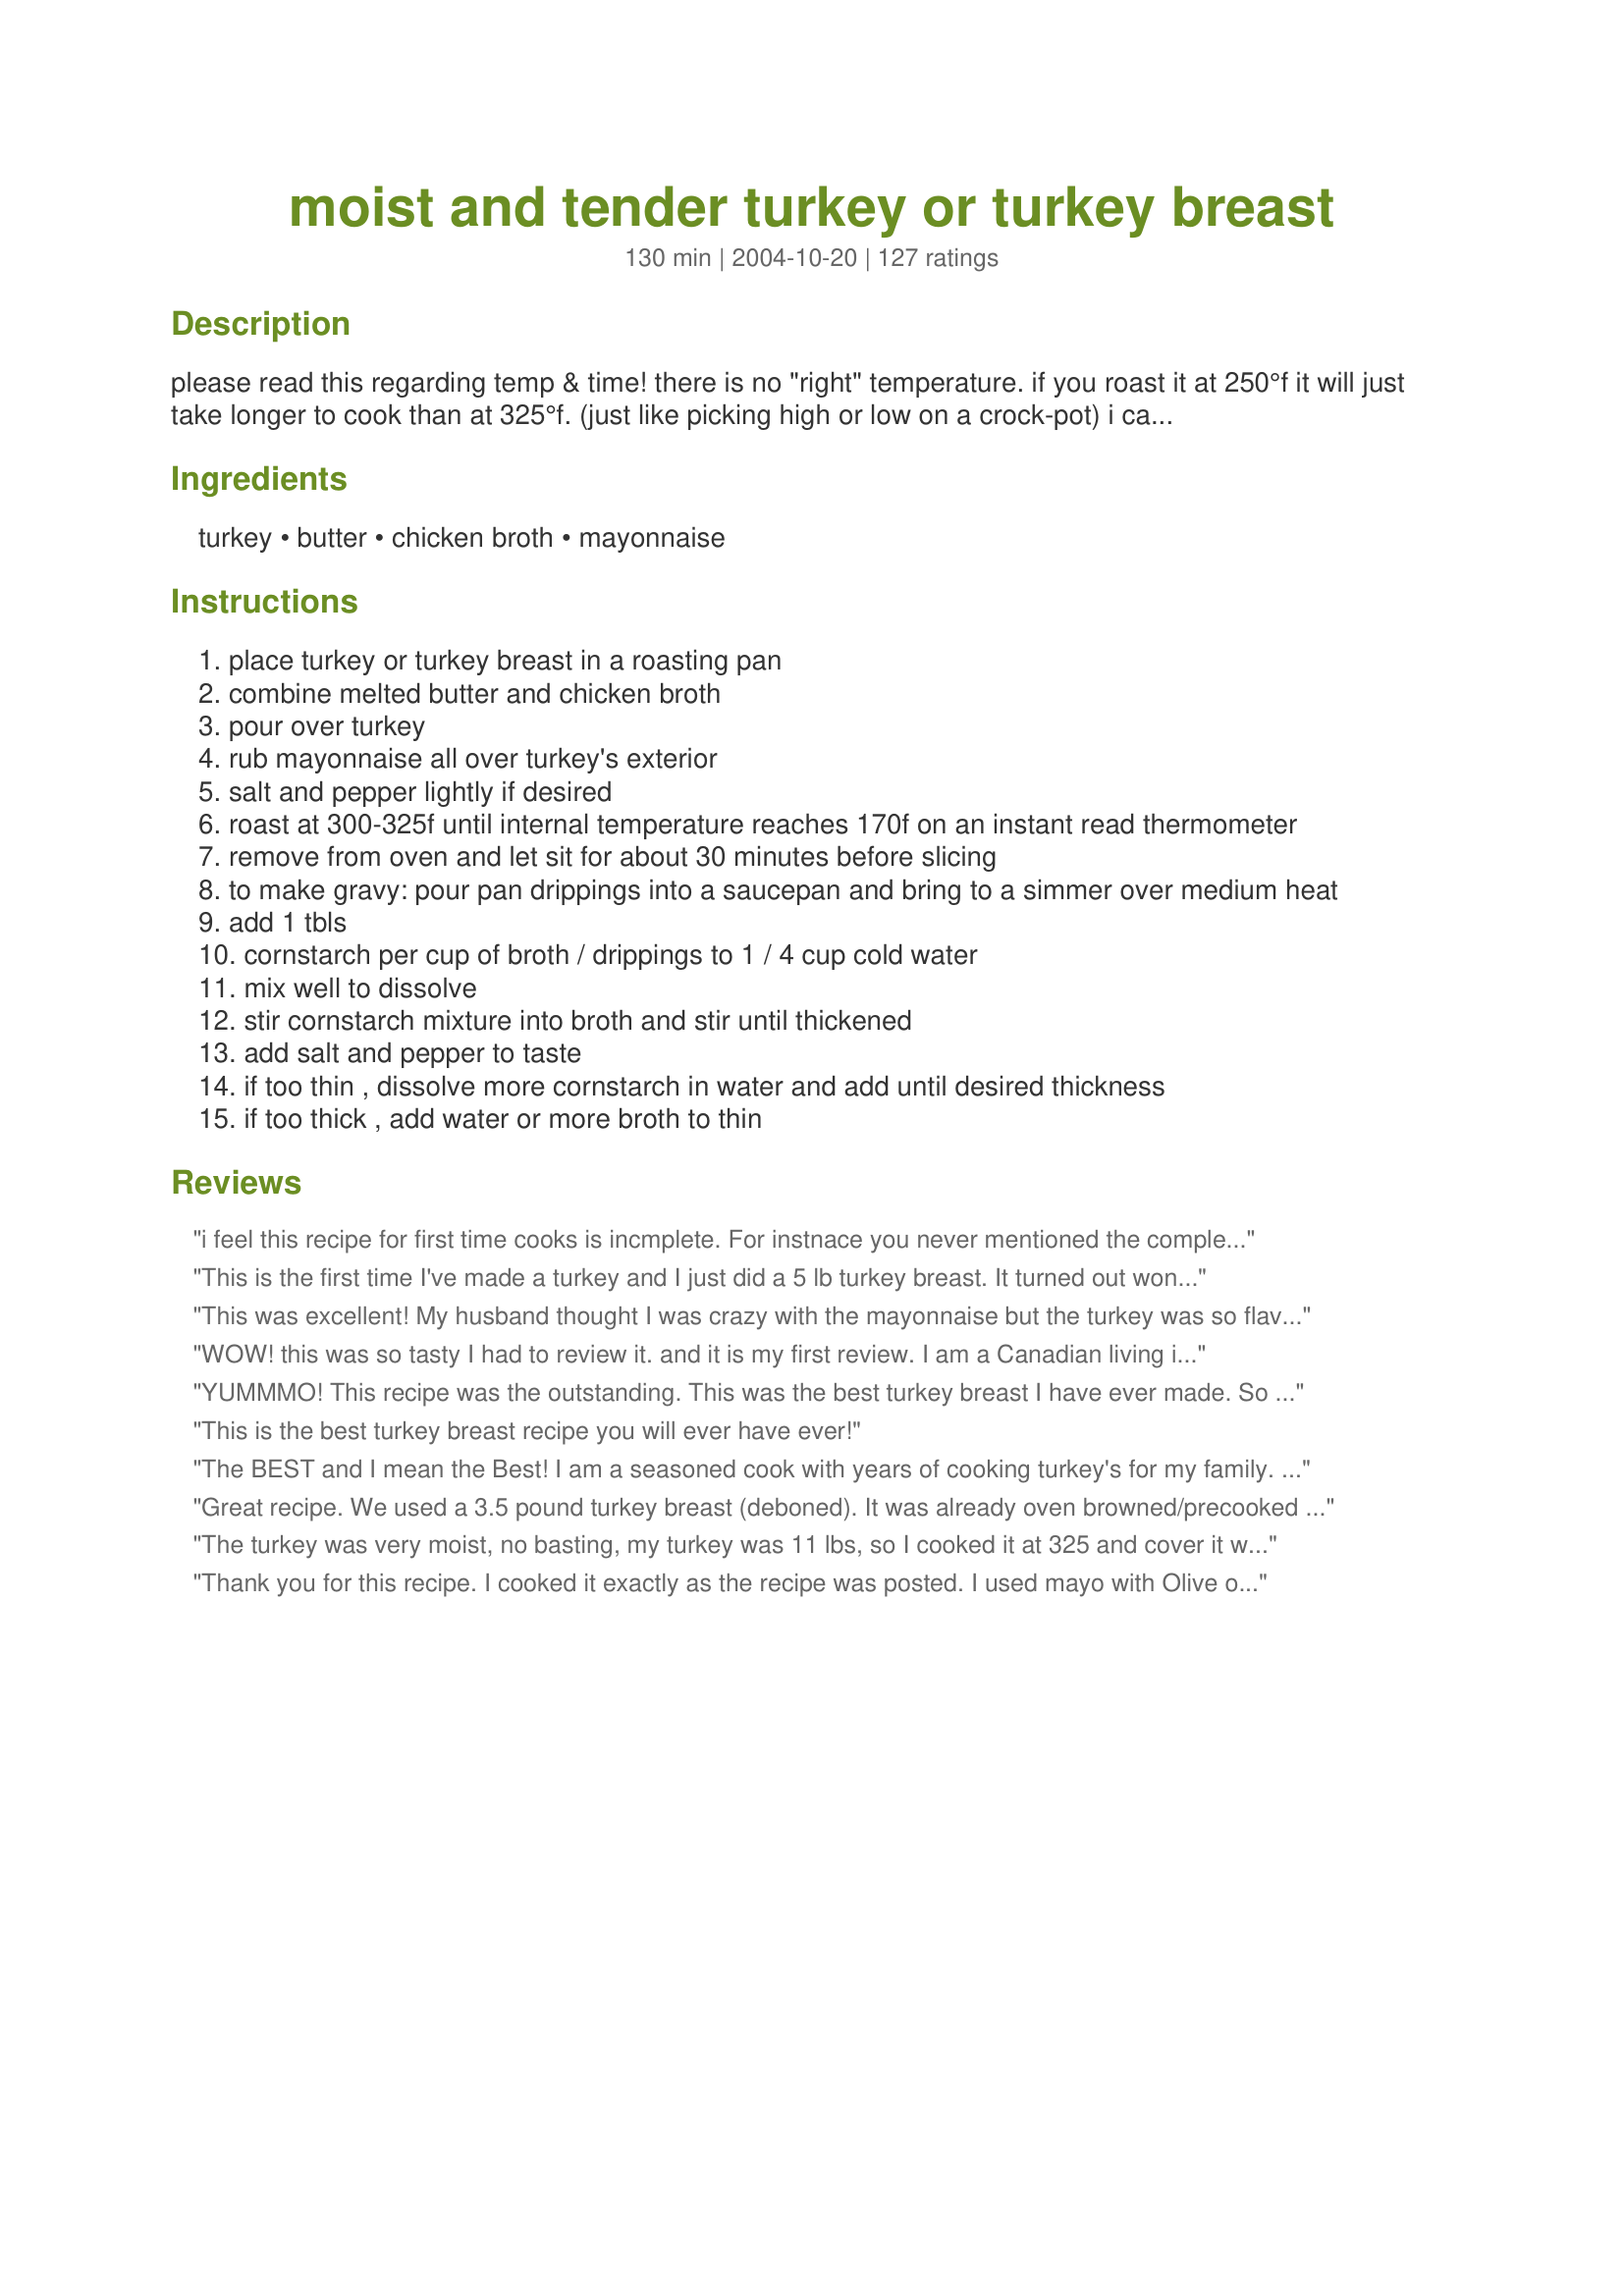
moist and tender turkey or turkey breast
Preparation time: 130 minutes

please read this regarding temp & time! there is no "right" temperature. if you roast it at 250°f it will just take longer to cook than at 325°f. (just like picking high or low on a crock-pot) i cannot tell you exactly how long it will take. it depends on what type of oven you have & how warm/cold your turkey is when you put it in the oven. you have to use an instant read thermometer to know when it is cooked. (i roast my 18-20 lbs. fresh turkey at 250°f. it took about 4 hours to reach the correct temperature in my old convection oven. it took 5 hours in my new one.)
because of the mayo, the skin is crisp and flavorful and the meat is tender, moist and delicious. if you don't use the butter & broth, you will not have enough pan drippings to make gravy. i've also added 1/2 cup of beer or wine to the mixture before & it was also spectacular. with slow roasting it, the meat stays so juicy i've actually had it squirt out when i insert the thermometer! i've never had a better turkey.

Ingredients:
turkey, butter, chicken broth, mayonnaise

Steps:
place turkey or turkey breast in a roasting pan
combine melted butter and chicken broth
pour over turkey
rub mayonnaise all over turkey's exterior
salt and pepper lightly if desired
roast at 300-325f until internal temperature reaches 170f on an instant read thermometer
remove from oven and let sit for about 30 minutes before slicing
to make gravy: pour pan drippings into a saucepan and bring to a simmer over medium heat
add 1 tbls
cornstarch per cup of broth / drippings to 1 / 4 cup cold water
mix well to dissolve
stir cornstarch mixture into broth and stir until thickened
add salt and pepper to taste
if too thin , dissolve more cornstarch in water and add until desired thickness
if too thick , add water or more broth to thin

Reviews:
i feel this recipe for first time cooks is incmplete. For instnace you never mentioned the complete instructions like &quot;covering with loose foil for &quot; or metnioned covering at all.
This is the first time I've made a turkey and I just did a 5 lb turkey breast. It turned out wonderful! I don't like mayo so I was a bit hesitant but you couldn't taste that at all. The meat was very moist and flavorful! I will use this recipe again for future turkeys!
This was excellent! My husband thought I was crazy with the mayonnaise but the turkey was so flavorful and moist. Very delicious. Thank you!
WOW! this was so tasty I had to review it. and it is my first review. I am a Canadian living in Denmark. Denmark is NOT a turkey country. I've tried goose, duck.... but nothing can fill that turkey void. I made this recipe for some fellow international students for a christmas dinner. My husband and I tried a taste just when it came out of the oven. it was soooo good we decided that this is our turkey recipe. I was not able to purchase a whole turkey so I used 3 skinless, boneless breasts. I added half a can of beer. Put a good spoonful of crushed garlic from a jar on the meat and topped it off with a thick layer of hellmann's. 2.5 hours at 160 degrees C. with the tin foil on top and then an additional 30 minutes to brown the mayo. The gravy was to die for. I made it a little thin so that there would be enough for everyone. My dish was the evenings HIT! and it is all thanks to you! I have my comfort food back. Thank you!
YUMMMO! This recipe was the outstanding. This was the best turkey breast I have ever made. So juicy and delish. The gravy was to die for. Will definitely make again. YAY!!
This is the best turkey breast recipe you will ever have ever!
The BEST and I mean the Best! I am a seasoned cook with years of cooking turkey's for my family. Never have I every tasted such a juicy turkey breast . My family loved it. I used a little more mayo than it called for and it was delicious!
Great recipe. We used a 3.5 pound turkey breast (deboned). It was already oven browned/precooked and I followed it's instructions rather than this recipe's as far as cooking goes--350 degrees until it reached 140 on the thermometer, which took an hour and a half. <br/><br/>The recipe doesn't call for any herbs or spices, so I made my own combination of a little garlic powder and onion powder, and [more or less] equal amounts of dried oregano, thyme, and marjoram. I put them all in my mortar & pestle and ground it up pretty fine. <br/>After I poured on the chicken broth/butter mix (I actually used Better than Bouillon and margarine), I rubbed the turkey breast with my spices, then rubbed on the mayo. <br/><br/>The gravy turned out great as well. I brought the drippings to a simmer, took it off the heat, and in total I added about 1/2 cup of cold water and 2 tbsp of corn starch with a whisk. Then I put it back on the heat and it thickened up right away! The herbs I had put on turkey made the gravy amazing!! <br/><br/>Definitely a keeper!
The turkey was very moist, no basting, my turkey was 11 lbs, so I cooked it at 325 and cover it with foil at the beginning, then turn up heat to 350 during the last 30 min. The turkey took 4 hours to cook, but very juicy and 13 people finished the whole turkey. Nothing left for tomorrow. And I only had one small piece. My husband wants me to cook it again tomorrow for another birthday party, cause he also had one piece only. Thanks for the recipe!
Thank you for this recipe. I cooked it exactly as the recipe was posted. I used mayo with Olive oil & chicken broth. It was ABSOLUTELY the best turkey breast we have had.I bought the Honeysuckle White turkey breast since it was much lower in sodium than Butterball. The family loved it, so moist & flavorful. I will use this recipe from now on. Probably will even have this more often, not only on holidays. I would highly recommend this recipe.
I have two daughters who are grossed out by mayonnaise - one watched in horror as I prepped a turkey breast this way. I used a mix of chicken soup and wine, and replaced the butter with canola oil to make it kosher. Otherwise, no chances, exactly as written, and it was delicious. The mayo DID stay a little too clumpy, but when I made the gravy I whisked it up and nobody was the wiser (I told the daughter who'd seen me make it to hush so the other wouldn't find out!).
Very moist! I used this recipe for a 5lb turkey breast. It came out great, although it did require a longer cooking time than estimated. Instead of butter I opted for flavorless coconut oil. I also used a paleo friendly mayo. Still turned out great! I might not add much salt next time, I think the mayo adds some salty flavor into the meat.
I love this recipe, no one can tell that mayo was rubed at all.
I forgot to rate this recipe the first time I used it but as I am coming back to it again, I making sure it receives another 5 stars. My guests absolutely loved this. This is the most moist turkey I have ever eaten. . . and I have tried quite a few recipes. I won't be looking for another recipe. This one is a winner. Thank you Marg.
I don't know why, but the drippings burned horribly when we made this for Thanksgiving. :( Maybe doubling the broth would prevent the drippings from burning off so quickly? I will probably try that next time I do turkey this way so that we can make gravy.

Now, as for the turkey itself, it was delicious. We added fresh rosemary and thyme to the mayonnaise--yum! The weird thing was that the turkey came to temp in a mere hour, but looked kinda squidgy and icky inside, so we kicked the temp up to 350 for an extra half an hour and got the coveted browned skin.

So, all in all, a good recipe.
My first attempt at making a turkey and it was a home run! I did double the butter and broth but everything else I followed exactly except I used lite Mayo because I did not have the full calorie kind in the house.. Used a 5 pound bone in breast and it was amazing. Can't wait to share this recipe with others. Yum!
Excellent! I made it with a 15 pound whole turkey. The only thing I would do differently, is that I seasoned the bird my normal way, with Lawry's Salt. I would omit that, and make it exactly like the recipe, because it made the gravy too salty. Next time I make this it will be with my homemade chicken broth. The mayo made it so that the turkey did not need to be basted, hooray! It came out very moist.
I was skeptical about the mayonnaise. But what a wonderful surprise! I baked a 2 pound breast and a couple of wings at 325 for one hour, then 350 for an additional, final 30 minutes. Golden, crispy skin, amazingly tender and juicy meat. This is on my go-to list now!
I made a turkey breast for the first time with this recipe and it turned out wonderful! I'm not a huge white meat fan because it can be too dry, but this was moist with great flavor. I also added a few sprigs of fresh thyme to give it a little extra flavor. I used dry white wine instead of broth, and the wine and the thyme go very well together. I would highly recommend this to anyone! Try it! :)
It's been over a week since I cooked that Thanksgiving Turkey Breast for me and my sweetheart and we still have leftovers...but you know what?!?! Still delicious and moist! Even my kid, who hates leftover turkey can't get over how rediculously moist and flavorful it is! And the drippings?!! Yum!!!
Just perfect - the only way I'll do turkey breast from now on - it drew rave reviews from every member of the family. So easy - my 9 lb. turkey breast browned beautifully (did turn the heat up to 350 for the last 25 min.), was by far the juiciest bird we've ever had, and I had almost 4 c. of broth for the wonderful gravy. Definitely a 5+ star recipe!
I baked a 6.5 lb turkey at 300° and assumed it would take far less than three hours. I was wrong. It took all of three hours. The skin never got crisp but I don't eat or serve the skin anyway. The breast was moist and flavorful. I didn't make any gravy so I may use the mayo but skip the broth next time and see if the broth is needed.
This is wonderful!!! I will be making this again...and again...I used low fat mayo and reduced sodium broth. I also used Brummel and Brown instead of butter and it was awesome!!
I was looking for an easy and delicious recipe and I found it. Watching our salt intake so I used only pepper. Meat was moist and tender. Will definitely be using this method again. Thanks for sharing Marg.
OH MY!! How moist and delicious. I had to use Miracle Whip (was out of mayo) and I cooked 1/2 of a turkey. I had cut it in half at Christmas for the 2 of us. It browned nicely and was wonderful. Will definitely make this again and again. I think from now on I will only buy turkey breasts--it's so moist with this recipe. I didn't make gravy with it but I could see where it would be great too.
This was so easy and the turkey is perfect. I don&#039;t have a thermometer, so we cooked our 5lb. turkey breast for 2 hours at 350. This will be my go-to recipe from now on!
Absolutely the BEST turkey I have EVER had in 48 years! Added 1/2 packet onion soup to the broth and the other half to the mayo. The flavor was so awesome I didn&#039;t even make gravy! Just a tablespoon of drippings drizzled over the sliced turkey and everyone was amazed at the flavor. Never will make a turkey any other way!!!
Ditto to all the nice comments already said about this recipe. I used chicken broth and the breast turned out wonderfully with ample taste. Thanks for sharing..
We loved this! So moist and full of flavor!
Mayo - gross right? Not in this case. This is beyond delicious! Everyone is correct in their reviews: this is the only recipe you will ever need! So freaking tender and juicy, so much so that we thought it might not be cooked! No basting, just a foil tent over bird because it browns quickly. Cooked first 15-20mins without foil; kept foil on until the last .5 hour. Used 1cup sauvignon blanc and mixed with cornstarch; strained drippings, combined with wine and cooked on stove top until thick. 18lb butterball bird, cooked for 4.5 hours. I rubbed mayo liberally under the skin and on top/sides of bird. Added herbs inside: thyme sprigs, fresh sage, apple, onion and garlic. Under skin, more thyme springs, minced garlic and sage.
This made a good moist turkey breast. I didn't get a really crisp skin but it didn't really matter. The gravy was flavorful and rich. I think if I do this again I will add a bit of rosemary over the mayo just to give a bit more depth..overall an easy recipe I would suggest everyone try! Thanks
Great. Made delicious gravy
This made a very moist turkey. I also stuffed the turkey with an apple, onion and celery. It came out great.
I've never made turkey breast before, and I had bought a boneless, skinless turkey breast that I didn't know what to do with, so I decided to try this recipe. I didn't have chicken broth or bouillon on hand, so I used Lipton Onion Soup packet and added water. I used fat free mayo on the skinless breast, anyways. The breast was very tender, and I usually skip out on turkey during Thanksgiving. For the gravy I used the leftover broth and mixed in corn starch and fat free evaporated milk. I served it to my boyfriend as an open faced hot turkey sandwich. He loved it :)
I am rating this 5 stars mainly for the delicious gravy, but the turkey was very moist. I added thyme, onion powder and pepper. Thanks for sharing.
This was a moist and delicious turkey! I did add some white wine, sliced onion and dill to the last hour of cooking...just my preference. I will definitely be making this again! The outside was crisp and had the little bit of twang from the mayo. The inside was moist and lovely. Thanks!!!!
Complete hit with the family. Thank you for sharing!!!! The gravy is to die for. I will definately make this again.
Delicious! I used a turkey breast and rubbed the mayo under the skin as well as on top. I seasoned it with seasoning salt (contains garlic, celery, onion), black pepper and paprika. I didn't have a chance to make gravy. It was good without it. Thanks.
Super good, couldn't keep my husband out of it!
Moist and tender and so much flavor all in one bird! I did use the reduced sodium chicken broth to cut out some of the salt. This is a repeater!
Extremely moist. We did a bone in 8lbs breast. I did add some herbs to the mayo and tucked some under the skin. Cook at what ever temp you want it really does not matter. What matters is to pull it out at 160 degrees internal and cover for 10 min to reach 165 internal. I started at 500 degrees for 15 min then dropped to 250 degrees. In that way you get crisp skin and moist meat.
This WAS a moist and tender turkey breast. I only made a 2.5 half a breast and wish I had made more. I got raves at dinner and my husband absolutely enjoyed the turkey sandwich leftovers. This recipe is a keeper. I would suggest having another can or two of broth on hand as the first can evaporated by the end, but was easily fixed by just adding another one to the pan. The 3rd can was used to make the gravy which was on the cornstarch box. I cooked the turkey on a rack in a roasting pan. Added paprika on top of the mayo.
wonderful flavors, i added some bay leaves and used salt free seasoning along with garlic and onion seasoning turned out great. i doubled the stock and butter as well. i will be using this over and over again thaks sooo much for sharing can't wait to try on chicken
I just finished eating my Thanksgiving dinner. I could not stop nibbling on the turkey - so moist and flavorful. The amount of broth I poured over the turkey did not make enough drippings for the gravy, so I just added more chicken broth along with the corn starch and water. The mayo gave a subtle tang to the crisp turkey skin. I usually avoid eating the skin, but could not resist today. This will be my go-to turkey recipe from now on.
I've been cooking holiday turkeys for 30 plus years, and thought I was really good at it . . . . . . until I tried this one. This is the way I'll do it from now on. I used a boneless breast, plus a very large turkey leg, total weight just over 6 lbs. Followed the recipe as written. Total time, including the "rest" was about 3 hours. I loved the minimal prep; no basting necessary; didn't make a mess of my oven; clean up was a snap; made great gravy. My family was amazed at how moist the turkey was. Will definitely do this again. Thank you so much!!
Was looking for a good Turkey breast recipe and came across this one. Made it for our Christmas Family meal. Did not change a thing and it was ABSOLUTELY the best Turkey breast I have ever made! Moist and juicy and the taste was fantastic. I will be using this recepie from now on. Everyone loved it!!!!!
I have 15.5lb turkey. I am so hesitant to cook at 325. I tried that and it took HOURS longer than stated to fully cook. I usually cover and cook at 450 for 45 min then turn down to 350 for 4 hrs. Yes, breast is a bit dry but rest of bird falls apart easily. I've tested oven temp so I know its accurate. I do have convection option. I would like to try this. Anyone else have this problem? Planning on putting in by noon and take out at 5.
This was so moist and delicious, thanks for a great recipe, not a bite was left, gravy was so good. I can hardly wait to make it again.
This recipe was fabulous! I used a 6 lb. turkey breast and 3 legs and followed the recipe exactly, with the addition of a bit of Johnny&#039;s Poultry Seasoning and some Herbes de Provence sprinkled on top. I doubled the butter-broth as suggested for adequate gravy for the 6 of us. I have never had turkey this moist before...it&#039;s was delicious!
Great, moist turkey. My broth all evaporated, but I was still able to scrape up enough flavorful bits to make a nice gravy!
Made this for Easter Dinner don't normally like turkey breast as it is usually dry. This was moist and flaverful without any additional seasoning. Made very good gravy. The only way I will cook turkey breast in the future.
This is a keeper! There are only 3 members in my family. All of us love turkey & I will buy a boneless, skinless breast 1 1/2lbs. This recipe was perfect for it. I placed the breast on a rack with the broth & butter below it. Cooked till 170 degrees & let it sit for 30mins before cutting. It was so juicy & tender. I then made the gravy with the leftover liquid. Marg I have been looking for so long for a recipe that would allow my family turkey more often. Thank you so much!
This turkey recipe is AMAZING, and sooooooo easy!! My turkey breast tasted just as good as the deep fried version!! Yum! Now, someone tell me how to use the broth to make gravy, please!
What an easy take on turkey! We cooked two breasts and one big bird for a big Christmas party. All turned out a beautiful mahogany color and very tender. Forget the old basting ideas...This is a winner!
FANTASTIC!!! This was the first turkey breast I've ever made and it was amazing! Easy to do and the it turned out super moist and delicious. Cooked to perfection. I followed the recipe exactly, except I had homecooked chicken broth on hand. The gravy was outstanding. I'll never cook turkey breast any other way. This is a keeper!
I bought the turkey breast on sale and most of the skin was missing! I used this recipe and ended up with a very moist and juicy roast with excellent slices left over for sandwiches. This will be made from now on for every turkey breast. Very easy and FOOLPROOF. Thanks for sharing Marg.
We just tried this recipe today with an 18 lb turkey, and all our guests loved it, so we're not going back to the way we used to cook turkey before this (especially since this recipe was very easy). It did take longer than stated in the recipe (about 3.5 hours for our turkey), but I figured it would, so I started early and it were still done in time for the party. The turkey was juicy and delicious, and very flavorful!
Wow! This is the first time I've ever made a turkey breast and I was highly suspicious that the recipe didn't look complicated. It is so easy and so delicious/moist! MH said that is is so good that it will make you "slap your momma." :)
Very good, thanks! I roasted on a bed of whole carrots and celery.
Did a pre-Christmas try-out. Started with a 7 lb thawed turkey. No stuffing. Used a mayonnaise that already contained olive oil. Using a deep roasting pan, put in 1.5 quarts of chicken broth. Oven pre-heated to 250 F. After 3 hours, flipped the turkey breast side up and added .5 qt more chicken broth. 1 hour later, using an instant read digital food thermometer..determined 5 more minutes. Hit 165 F deep inside the breast. After standing...served what all present exclaimed, &quot;This is the very best roasted turkey we ever had!&quot; Not the least bit dry. Perfect!!!
Tender turkey with great flavor. Loved this method and will use it again!
This turned out perfectly! It was VERY moist and the gravy was quite delicious. I added a sage leaf to the gravy. If you are salt sensitive I would definitely not add any additional salt though as the butter and mayo provide enough, IMO.
Thanks for a great recipe!
Unbelievable!! I couldn't even get a photo as we were tearing into it before it even got on the platter!
WOW!! Include me with the other Reviewers who were skeptical and loved this recipe. I had a turkey breast, just under 6 pounds and 2 turkey thighs. I preheated the oven to 350 degrees and placed the turkey in a greased casserole, 9x13. I spread the turkey with mayo and some seasonings. I did not add the butter and broth, I try to stay away from gravy. I placed the pan in the preheated oven, uncovered for 1 3/4 hours. Then I removed it from the oven and covered with foil and let it set for 30 minutes. Perfect. The skin was a beautiful brown and the meat nice and juicy. Its a keeper.<br/>Thanks Marg!
I used horseradish sauce instead of mayo, absolutely fabulous
I roasted this Turkey Breast today and I can not say enough good things about it or how easy it was! I simply thawed the breast in my refrigerator for a couple of days, poured white wine over the bird and didn't even melt the butter I just placed it in the pan with the wine, covered the bird with the mayo, then sprinkled some Lemon Thyme and Rosemary on top the mayo. I didn't put it under the skin as others said they did. I wanted it to be quick and easy. I have a over which has a probe in it that you can program so I set my probe for 172 Deg F and baked on 250 Deg as the writer does and baked on convection until it reached 164 Deg. I noticed it wasn't browning up that much, so I switched it at 164 Deg to regular bake with 350 Deg F off of Convection. It did crisp up nicely then. I removed it from the oven and let it rest for about 15 minutes while I prepared the gravy. Let's just say this was the juiciest turkey we have ever had, and this will be the way the turkey whether whole or just a breast is cooked from now on. The white wine gave it and the gravy a very nice flavor. Plates were licked clean at the table tonight!
Marge, this method worked beautifully! Our turkey was a deep, rich brown that looked beautiful. But, it tasted out of this world. After being married 5 years, this is the best turkey I have ever made--not to metion the most beautiful! I did run out of butter so I subbed by rubbing turkey with olive oil and then doubling the amount of broth to make enough gravey for everyone. We also added our favorite spices and the mayo made them stick. Our 20 lb turkey was the talk of the meal. Juicy meat that was very flavorful. The turkey seems to have absorbed the chicken broth which kept the meat moist during 4 1/2 hours of cooking. We cooked our turkey at 325 degrees. Thank you, I'll never use any other method! Thanks!
I made this recipe for Thanksgiving. It was my first time making Thanksgiving by myself, and I chose this recipe because it appeared so easy. It was, and the turkey breast turned out perfectly. I added some herbs with the turkey, though. The skin turned out crispy, and as everyone seems to notice, the gravy really is delicious!
I made this tonight for dinner. This was excellent. The skin was so tasty. Thank you for a good turkey recipe that was not dry.
Excellent. Easy, moist and flavourful turkey breast. Who knew that a little bit of mayonnaise could turn a boring old turkey breast into something this good. I rested the breast on a bed of celery and onion and sprigs of fresh thyme, which added some additional flavour to the gravy. Other than that I followed Marg's original instructions. I will be interested to try this method with a whole young turkey or a capon. This is a five star recipe! Thanks Marg.
This recipe certainly lived up to expectations...the meat really was moist and delicious, even when the leftovers were reheated in the microwave. I used the suggestion of adding some white wine to the broth, and the gravy was also exceptional. I used a 6 pound breast (weighed after the backbone was removed) and it took 3 hours to cook in my oven.
Moist and tender it is, but my family found the taste very bland. We much prefer turkey recipes that use at least one savory herb or vegetable for flavor!
Thanks for this recipe!! Made for Easter using a 7 lb. breast and it turned out wonderful! The meat was so tender and the gravy was wonderful...there was no need to add any seasoning to the gravy other than a little black pepper. Will definitely be making my turkey this way for now on!
I used a whole chicken instead of the turkey breast. It worked great! The meat was very moist and delicious and the drippings made a fabulous gravy.
The majority that have used this recipe-have you cooked breast up or breast down?
This was my first attempt at making my own turkey and it worked. We loved this turkey!! It was super moist and very tasty. My husband wants me to make it every year for thanksgiving.
I roasted 2 turkey breasts and 2 turkey thighs using this method. The meat was moist and tender and the skin golden and crispy. The gravy made from the broth-butter drippings was absolutely superb. Best of all this was so easy and using pieces instead of a whole turkey, the cooking time was cut down considerably. Now that I have this fab recipe, I'll do turkey more often. We all loved it! Thanks Marg!
I followed this recipe to the letter and the turkey and gravy was too salty. I won&#039;t use it again.
Here's another testamonial to this being the most moist turkey I have ever had. I was drawn to this recipe due to its simple ingredients and rave reviews. How could a turkey breast that only has butter, chicken broth and mayonnaise and isn't brined be really good? I followed the instructions and also doubled up on the gravy ingredients, as suggested. I deleted all of my other roast turkey recipes because this is the only one I'll use from now on.
How eay and delicious! i just ate some leftovers in a whole wheat tortilla with fresh broccoli and mozzarella
Such an easy recipe and so delicious. My family loved it!!
Gosh, this was fantastic. It's one of those "I'm never doing a turkey breast any other way!" kind of recipes. I put a little of the mayo under the skin, then slathered the rest over the skin along with salt and Italian seasoning. Tented with foil and let it slow roast for hours, removing the foil for the last 45 minutes. The taste was excellent, the skin a gorgeous golden brown. Everyone positively loved this! Great recipe!
I have made bone-in turkey breast using this recipe several times, and it has always turned out moist and delicious! I rub light mayo both under the skin as well as on top, and also add freshly ground pepper, kosher salt (or Lawry's - it tastes great here), and minced garlic under and on the skin as well. I also add about half an onion, a couple carrots, garlic, and a few ribs of celery (all chopped) to the pan to ensure a more flavorful gravy (the veggies can make a nice side after roasting too) - it hasnt failed me so far. In order to make the gravy I go with a roux and whisk the (strained) broth/drippings mix and add a bit of milk to get enough volume. It is perfect every time.

I also will tent foil around the bird to keep the broth from evaporating throughout the entire cooking process, and remove it about an hour before the bird is done so that it browns.
I know why this is the top-rated recipe for a turkey breast...it is FAB-U-LOUS!!! Yes, so is the gravy! Thanks for enabling me to bake the perfect turkey breast! This is a keeper!
The meat was very moist and flavourful but the skin didn&#039;t crisp up for me which was a bit disappointing. I turned the heat up as indicated when I thought the meat would be almost done, but I had to increase the temp yet again, as it still didn&#039;t reach the correct internal temperature. So I upped it more and cooked another 20 minutes til it was done. I would try this again but start out with a higher temperature and see if I get a crispy skin. I know you shouldn&#039;t eat the skin but let&#039;s face it, it is the best part. Thanks for the recipe!
Wow - I have to admit--the mayo didn't sound that appealing, but this was the best recipe ever for a holiday turkey. My family raved that it was the best they've ever had. Mayo??? Go figure.
My Husband&#039;s exact words were &quot;This is F****** delicious!&quot; &lt;br/&gt;&lt;br/&gt;This was my first time cooking a turkey breast and it turned out amazing! Thank you so much for this wonderful recipe.
This was as easy and delicious as everyone has said. I usually stick to exact recipes when I try them for the first time. I hate when people say I loved your recipe except I did this and added that and didn&#039;t use the whatever. I&#039;m a little guilty of doing it myself this time. I mean not by much, all I did differently was cook it at 350 the whole time. As my turkey breast bag suggested. Still it was the most moist and tender turkey I&#039;ve ever made. Skin was perfect too. I might use a small rack inside my pan next time and add a few carrots to baking process to sweeten drippings.
Not that this needs another 5 star review, but who could give it any less?!?! Our turkey breast was a little over 5 lbs and it took about 2 1/2 hours to cook at 325. I thought I had enough wine left but only had 8 ounces so I used white grape for the other 4 ounces. I used 1 Tablespoon of Kraft Mayo with Olive Oil and 1 Tablespoon of Miracle Whip Light. I didn't use any seasonings and the turkey still came out so moist and delicious. This will be my go to turkey breast recipe from now on. So simple to do and fantastic results. Thanks so much Marg!
The meat was moist but the skin did not get crispy nor have a great taste. And it is hard to know when 30-45 minutes before it is done is, in order to raise oven temp at the correct time. Sorry but I was disappointed. The skin reminded me of store bought roasted chicken, must have been the mayo.
This came out so good but especially the drippings for the gravy. Used this recipe as I am familiar with using mayo on chicken and grilled cheese and always get perfect results so thought this would work too. It sure did. We ate the bone in turkey over the course of 3-days and it was fantastic warmed up on it's on or in with the gravy. I actually want to buy another Turkey Breast to make this again very soon cause it was so delicious on a sandwich with the turkey cooked in the gravy then made into a sandwich using my homemade bread. Wished I would of taken pics but was too busy enjoying it :D Loved the simplicity of this recipe and will use it every time I make a turkey.
Wow! I used this recipe for a 3 lb. turkey breast I bought on sale at the grocery. I cooked it on 325 for 1 hour, then on 350 for 30 minutes and it was moist, tender, and delicious! I used the drippings to make gravy and made mashed potatoes as well. It was easily the best tasting and most inexpensive meal I've made in a while!
Best turkey EVER!! I'm not a turkey fan and usually skip out on it at Thanksgiving. First time I have ever cooked a turkey breast, and to top it off, it was a wild turkey that I shot hunting. The only thing that I did different was after spreading the mayo, I sprinkled seasoned salt on it. Delicious!!!
Superb! I loved that I didn't have to baste it since the mayo kept the skin from drying out. I followed the directions exactly (5 lb bone-in turkey) and turned it up to 350 for the last 30 minutes (total cooking time=2 hr, 45 min). The outside was crisp and the inside was moist--perfect texture all around. Next time I'll double the broth/butter so there is enough gravy for all the leftover turkey and mashed potatoes.
Other than taking longer ( I think my oven is broken) I made this as directed and it was very moist and flavorful. Will definitely do this again soon as it was so easy.
Excellent! I finally enjoy turkey on the holidays! Thanks!!
My turkey breast was so moist this year and yummy all thanks to this recipe.
The gravy was fantastic as well. This will be my recipe for Thanksgiving and every time I make turkey breast from now on.
:0)
I've been cooking turkeys for years, tried tons of "tricks" even brining overnight - but THIS is the recipe that produced THE JUICIEST roasted turkey! (The only other way I've had it this juicy is deep fried but egads the extra fat and expense that way makes it just not doable.)
I can't say enough good things about this recipe! I made it for my Christmas Eve dinner, and everyone RAVED over it, saying it's the best they've ever had! It was so moist and still moist days after for leftover turkey sandwiches. And oh my gosh, the gravy! My sister-in-law wanted to bathe in this delicious gravy, lol! To answer another rater's question as to how to make the gravy, this is what I did: I poured the cooking juices from the bottom of the pan into a gravy separater and let the fat rise. I saw that I had 4 cups of liquid, so I skimmed 4 tablespoons of fat off the top of the cooking liquid and mixed it with 4 tablespoons of flour in a cooking pot, making a roux. Mix and stir constantly over medium heat for about 4 minutes or so. Then add the liquid very slowly, stirring constantly. Bring to a rolling boil and then let simmer for a few minutes until it reaches the desired consistency. It was PERFECT! Thank you, Marg!
I just made this and can I say this was great!!!!! I put 1 teaspoon of seasoning salt, 1/2 teaspoon of garlic powder and 1/2 teaspoon of pepper in the mayo and then spread it in and out, soooo good I would have never thought that mayo would make that much difference but it did. Thank you so much
This was the best turkey I've ever made! Very juicy. I followed the directions and after smearing on the mayo, I seasoned with a little salt and Bavarian seasoning from Penzey's. I also covered with a foil tent until the final browning at the end. Can't wait to make this again.
Usually turkey breast comes out dry. This recipe is spectacular! Moist and tender is aptly named. Thank you. Doteo
How to get a girl to eat a 6lb turkey all by herself...Prepare a 6lb bone-in turkey breast using this method (turning heat up to brown in last 30 min of cooking), surround it with celery, baby carrots and onion in the last hour so that she will be able to make a couple of servings of turkey noodle soup later, serve it the first night or two with her favorite side dishes, reserve a few hearty slices for sandwiches over the next couple of days and voila...all gone! The only change aside from throwing in the veggies was to sprinkle it with poultry seasoning, paprika, garlic, salt and pepper after putting on the mayo! Thanks for a great secret for a no-baste juicy turkey! P.S. Used Dukes real mayo (the best in my opinion) and no, you couldn't tell the mayo was used at all! Angela
Hands down, the best turkey breast I've ever had. Followed the recipe exactly (tented 7 lb. turkey first two hours, uncovered last 45 minutes) and it was perfect. So tender, you can cut it with a fork. I can't wait to try this recipe for Thanksgiving. Gravy turned out great also.
Made this for Thanksgiving and had wonderful, moist turkey! With just a breast, there weren't a ton of leftovers which was great, too. Thanks for sharing the recipe! UPDATE: Used this method for a whole turkey and gravy. Excellent moist turkey, due in part to use of a meat thermometer to ensure I didn't overcook. This really is a fantastic method. White meat was moist and delicious, better than brined turkeys I've made in the past and so much simpler. Strained the drippings and made gravy which was a good, simple turkey gravy. Honestly, no one around here seems to eat gravy so I'll probably just skip that step next time. Will make again! Thanks!
I had two turkey breasts in the freezer just waiting for a way to cook them. I found this recipe and have a family full of happy campers. I used half the first breast for a Turkey Caesar salad, so much better than chicken. The next day turned cold &amp; wet so I grabbed the broth, some veggies, rice and the other half of the turkey breast and made dh &amp; ds some hot turkey soup for when they got home from work. The second breast is being used in lunch sandwiches and the guys are loving it. The turkey is full of flavour and so moist. Thanks so much for the excellent recipe, it will be my goto for making turkey &amp; chicken breasts for salads &amp; sandwiches. Ps. I used Earth Balance in place of the butter as turns out I&#039;m allergic to dairy :(
This is how turkey breast should taste! True to recipe name, moist and tender it is and full of flavors in every slice. Well, I used Plainville Farms turkey because it is the healthiest turkey I know. It&#039;s antibiotic-free and hormones-free turkey. I recommend it to everyone!
Yum! Very moist and so good. The gravy was to die for. The mayo is kind of hard to spread on the turkey after pouring the broth over so will pour the broth/butter around the turkey next time and spread the mayo on top. Can baste with the broth mix later.... I was on a soccer clock so baked at 325* and it was done in less than 2 hours. Made it to practice on time. :) Can't wait for hot turkey sandwiches tomorrow. It was terrific!
This recipe was yummy!! The gravy was fabulous. Love your recipes, Marg! :)
Yummers! I made this for Easter a day ahead & I needed it to be moist. The name of this recipe appealed to me & it did not disappoint. I used your suggestion of doubling the broth & butter for the gravy. The gravy deserves 5 stars as well!
Very yummy! I used this method on a butterball turkey roast (all meat, no bones!) that was 3 lbs. We have been using these in place of sliced deli turkey for sandwiches and wraps. I can get a turkey roast for $10 and the deli turkey we like is $7/lb....plus, the roast is so much better! thanks for another great one!
Include me in the list of skeptics, I&#039;d never tried to make a whole turkey or even a breast before. Much less for a holiday meal. Declare me converted! The entire clan commented on how moist it was. Isn&#039;t the turkey always dry? Not this one! &lt;br/&gt;I used a bone in 41/2 lb. breast and followed the instructions to the letter. I did put some veggies and aromatics underneath the bird to enhance the flavor of the broth and the gravy. Wonderful!
Used this recipe last year for a turkey breast, loved it! Going to do it again this year with a full turkey, my question is, should I brine the bird prior?
I prepared a turkey breast using this recipe and I followed the directions exactly. As with so many other reviewers, the results were perfect! I've spent lots of time in the past brining turkeys, but I don't think I'll often use that method again...this recipe produces an equally juicy bird. I've used the mayonnaise "trick" on salmon fillets, with equally good results. Thanks for this wonderful yet very simple recipe!
Very good, I too added some white wine to the turkey, makes a wonderful gravy!
I wonder if rubbing the mayo underneath the skin, into the meat, would create a crispy skin?
This was amazing! I made a turkey breast which I am not usually a fan of as I find the dark meat is more tender. Well, this came out so moist and delicious! I used a full bottle of beer in it for the gravy and threw in an onion and some garlic. My boyfriend raved about the gravy! The only thing was that the mayo made it look a bit 'chunky', even after straining. Any ideas on how to eliminate this? Thank you for posting!
I have used this method on Turkey Breast and whole roasting chickens. It is wonderful and some of the best bird I have made. Thanks for posting.
This turned out very good, but even after upping the temp, the skin never got crispy. I had a 2lb (half breast, bone in, skin on)used one can of broth and about 1 tsp of butter, rubbed the breast with 1 tbsp of mayo. I must agree that the meat was extremely moist and the gravy which was made from the drippings tasted fabulous. I did not add salt and am glad because the meat and gravy were seasonned plenty with the mayo and broth.Cooked at 325 for an hour and upped to 350 for another hour to reach proper temp.
Delish!
I've used this recipe to make turkey and turkey breast for 3 years now, and it's flawless every time. Everyone always asks for my recipe.
This was good and easy to make. I had a bone-in turkey breast I wanted to use up so tried this recipe. I followed the recipe as written but added seasoning salt to the turkey once I covered it with the mayo. It was good and tasty.
I used skinless boneless breasts and they turned out succulent. Simple easy recipe that worked great.
My Thanksgiving gang loves white meat and lots of leftovers for sandwiches, so I've started cooking an extra turkey breast the day before. The mayo makes this nice and juicy, and the drippings are wonderful for make-ahead gravy as well.
I made this for Christmas Eve and it was a big hit! It was so moist. I used a large turkey breast and doubled the butter and broth because I was baking in a convection oven and using a roasting pan with a rack. I did not have any liquid in the bottom of the roasting pan when finished, but I was not planning on gravy so that was OK. My family could not believe the secret ingredient was mayo.
I found a turkey breast in my freezer so I tried this recipe and I want to say WOW, THIS WAS GREAT. Looks like I'll be cooking Thanksgiving this year :-)
Wow, I think it could be the best ever turkey I have ever cooked in my many years of cooking them. I&#039;ve done it all, any kind of way to cook that bird and I have tried it, this is the best way..IMO!! I am a southern gal, i love my turkey gravy made from the giblets and the liver of the Turkey, that&#039;s the ONLY way that I am even going to attempt to make any turkey gravy in my home, LOL!! There are some things in our lives, we have found to be true keepers, the others..well we can sorta play around with them. Turkey, once you find that &#039;keeper&quot; you know better than to mess with a good thing, why would you when you already know what the outcome is going to be like??? I&#039;ll continue to cook the Turkey, as suggested in your recipe..along with my old faithful Giblet gravy recipe, they are perfect together!! AAMF, I am going to post my gravy recipe on here, someone might be interested in making it, it&#039;s wonderfully delicious!!
This was the best turkey I have ever made by far. I puposely did not let my family know that I rubbed the bird with mayo before roasting (because if they did they would not have eaten it!) Every one of them commented on how moist & flavorful the turkey was. Also makes an excellent gravy. The only thing I added was to sprinkle the bird with salt, pepper & paprika after the mayo rub.
